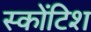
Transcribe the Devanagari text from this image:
स्कोंटिश